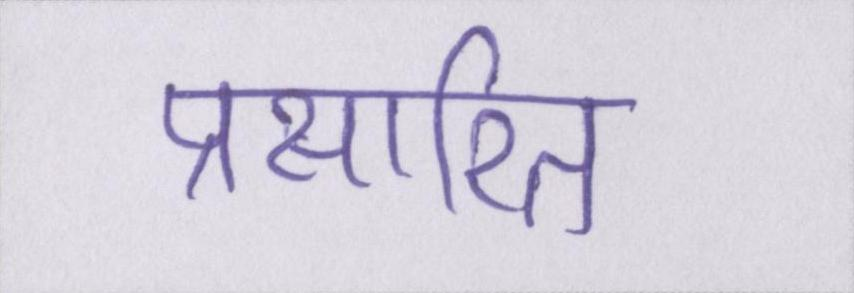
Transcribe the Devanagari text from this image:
प्रसारित